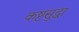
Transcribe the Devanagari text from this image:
कष्टसुद्धा